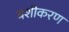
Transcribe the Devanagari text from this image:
बशीकरण